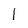
Character: 1